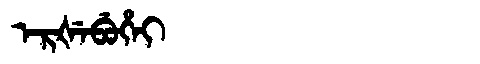
Manchu: ᡝᡵᡧᡝᠪᡠᡥᡝᡳ
Romanization: ERŠEBUHEI